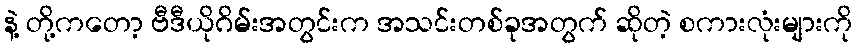
နဲ့ တို့ကတော့ ဗီဒီယိုဂိမ်းအတွင်းက အသင်းတစ်ခုအတွက် ဆိုတဲ့ စကားလုံးများကို